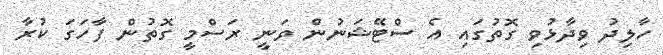
ހާލިދު ވިދާޅުވި ގޮތުގައި އެ ސްޓޭޝަނުން ވަނީ ރަސްމީ ގޮތުން ފާހަގަ ކުރާ